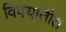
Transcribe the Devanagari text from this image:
विषयातीत